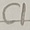
Text: C1